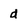
Character: d